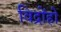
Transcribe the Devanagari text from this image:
विद्रोंहो